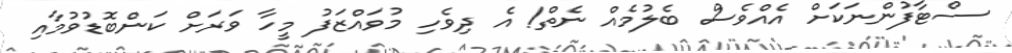
ސްޓާފުންނަކަށް އެއްވެސް ބެލުމެއް ނެތް! އެ ދިވެހި މުވައްޒަފު މީހާ ވަރަށް ކަންބޮޑުވުމާއި